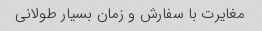
مغایرت با سفارش و زمان بسیار طولانى